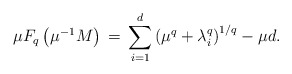
\begin{align*}\mu F_q\left(\mu^{-1}M\right)\,=\,\sum_{i=1}^d\left(\mu^q+ \lambda_i^q\right)^{1/q} - \mu d.\end{align*}